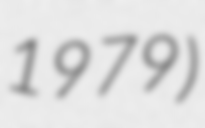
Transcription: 1979)